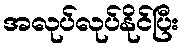
အလုပ်လုပ်နိုင်ပြီး